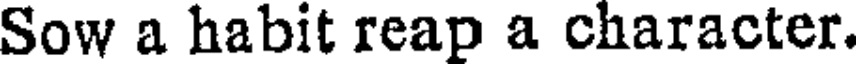
Sow a habit reap a character.